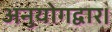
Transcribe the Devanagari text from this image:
अनुयोगद्वार।